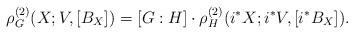
LaTeX: \begin{align*}\rho^{(2)}_G(X; V, [B_X]) = [G:H] \cdot \rho^{(2)}_H(i^*X; i^*V,[i^* B_{ X}]).\end{align*}